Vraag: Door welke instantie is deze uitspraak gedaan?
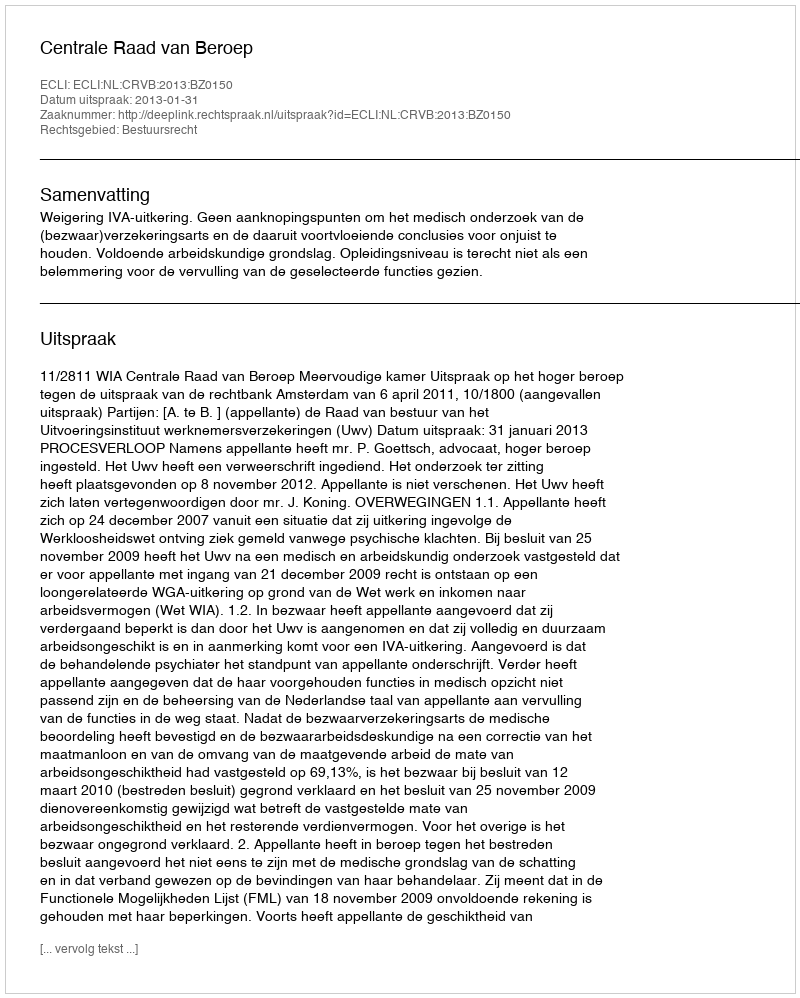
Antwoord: Centrale Raad van Beroep